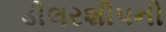
ડીલરશીપની